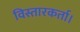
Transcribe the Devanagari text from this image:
विस्तारकर्ता।